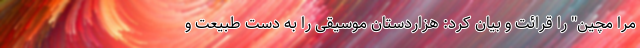
مرا مچین" را قرائت و بیان کرد: هزاردستان موسیقی را به دست طبیعت و